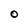
Character: O